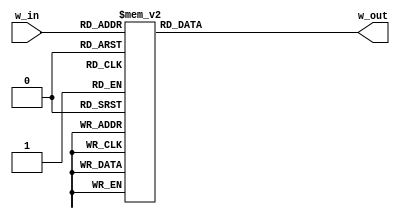
module SubWordInverse (
    input wire [0:7] w_in,
    output reg [0:7] w_out
);

    always @(w_in[0:7]) begin
        case(w_in[0:7])
            8'h0 : w_out = 8'h52;
            8'h1 : w_out = 8'h9;
            8'h2 : w_out = 8'h6a;
            8'h3 : w_out = 8'hd5;
            8'h4 : w_out = 8'h30;
            8'h5 : w_out = 8'h36;
            8'h6 : w_out = 8'ha5;
            8'h7 : w_out = 8'h38;
            8'h8 : w_out = 8'hbf;
            8'h9 : w_out = 8'h40;
            8'ha : w_out = 8'ha3;
            8'hb : w_out = 8'h9e;
            8'hc : w_out = 8'h81;
            8'hd : w_out = 8'hf3;
            8'he : w_out = 8'hd7;
            8'hf : w_out = 8'hfb;
            8'h10 : w_out = 8'h7c;
            8'h11 : w_out = 8'he3;
            8'h12 : w_out = 8'h39;
            8'h13 : w_out = 8'h82;
            8'h14 : w_out = 8'h9b;
            8'h15 : w_out = 8'h2f;
            8'h16 : w_out = 8'hff;
            8'h17 : w_out = 8'h87;
            8'h18 : w_out = 8'h34;
            8'h19 : w_out = 8'h8e;
            8'h1a : w_out = 8'h43;
            8'h1b : w_out = 8'h44;
            8'h1c : w_out = 8'hc4;
            8'h1d : w_out = 8'hde;
            8'h1e : w_out = 8'he9;
            8'h1f : w_out = 8'hcb;
            8'h20 : w_out = 8'h54;
            8'h21 : w_out = 8'h7b;
            8'h22 : w_out = 8'h94;
            8'h23 : w_out = 8'h32;
            8'h24 : w_out = 8'ha6;
            8'h25 : w_out = 8'hc2;
            8'h26 : w_out = 8'h23;
            8'h27 : w_out = 8'h3d;
            8'h28 : w_out = 8'hee;
            8'h29 : w_out = 8'h4c;
            8'h2a : w_out = 8'h95;
            8'h2b : w_out = 8'hb;
            8'h2c : w_out = 8'h42;
            8'h2d : w_out = 8'hfa;
            8'h2e : w_out = 8'hc3;
            8'h2f : w_out = 8'h4e;
            8'h30 : w_out = 8'h8;
            8'h31 : w_out = 8'h2e;
            8'h32 : w_out = 8'ha1;
            8'h33 : w_out = 8'h66;
            8'h34 : w_out = 8'h28;
            8'h35 : w_out = 8'hd9;
            8'h36 : w_out = 8'h24;
            8'h37 : w_out = 8'hb2;
            8'h38 : w_out = 8'h76;
            8'h39 : w_out = 8'h5b;
            8'h3a : w_out = 8'ha2;
            8'h3b : w_out = 8'h49;
            8'h3c : w_out = 8'h6d;
            8'h3d : w_out = 8'h8b;
            8'h3e : w_out = 8'hd1;
            8'h3f : w_out = 8'h25;
            8'h40 : w_out = 8'h72;
            8'h41 : w_out = 8'hf8;
            8'h42 : w_out = 8'hf6;
            8'h43 : w_out = 8'h64;
            8'h44 : w_out = 8'h86;
            8'h45 : w_out = 8'h68;
            8'h46 : w_out = 8'h98;
            8'h47 : w_out = 8'h16;
            8'h48 : w_out = 8'hd4;
            8'h49 : w_out = 8'ha4;
            8'h4a : w_out = 8'h5c;
            8'h4b : w_out = 8'hcc;
            8'h4c : w_out = 8'h5d;
            8'h4d : w_out = 8'h65;
            8'h4e : w_out = 8'hb6;
            8'h4f : w_out = 8'h92;
            8'h50 : w_out = 8'h6c;
            8'h51 : w_out = 8'h70;
            8'h52 : w_out = 8'h48;
            8'h53 : w_out = 8'h50;
            8'h54 : w_out = 8'hfd;
            8'h55 : w_out = 8'hed;
            8'h56 : w_out = 8'hb9;
            8'h57 : w_out = 8'hda;
            8'h58 : w_out = 8'h5e;
            8'h59 : w_out = 8'h15;
            8'h5a : w_out = 8'h46;
            8'h5b : w_out = 8'h57;
            8'h5c : w_out = 8'ha7;
            8'h5d : w_out = 8'h8d;
            8'h5e : w_out = 8'h9d;
            8'h5f : w_out = 8'h84;
            8'h60 : w_out = 8'h90;
            8'h61 : w_out = 8'hd8;
            8'h62 : w_out = 8'hab;
            8'h63 : w_out = 8'h0;
            8'h64 : w_out = 8'h8c;
            8'h65 : w_out = 8'hbc;
            8'h66 : w_out = 8'hd3;
            8'h67 : w_out = 8'ha;
            8'h68 : w_out = 8'hf7;
            8'h69 : w_out = 8'he4;
            8'h6a : w_out = 8'h58;
            8'h6b : w_out = 8'h5;
            8'h6c : w_out = 8'hb8;
            8'h6d : w_out = 8'hb3;
            8'h6e : w_out = 8'h45;
            8'h6f : w_out = 8'h6;
            8'h70 : w_out = 8'hd0;
            8'h71 : w_out = 8'h2c;
            8'h72 : w_out = 8'h1e;
            8'h73 : w_out = 8'h8f;
            8'h74 : w_out = 8'hca;
            8'h75 : w_out = 8'h3f;
            8'h76 : w_out = 8'hf;
            8'h77 : w_out = 8'h2;
            8'h78 : w_out = 8'hc1;
            8'h79 : w_out = 8'haf;
            8'h7a : w_out = 8'hbd;
            8'h7b : w_out = 8'h3;
            8'h7c : w_out = 8'h1;
            8'h7d : w_out = 8'h13;
            8'h7e : w_out = 8'h8a;
            8'h7f : w_out = 8'h6b;
            8'h80 : w_out = 8'h3a;
            8'h81 : w_out = 8'h91;
            8'h82 : w_out = 8'h11;
            8'h83 : w_out = 8'h41;
            8'h84 : w_out = 8'h4f;
            8'h85 : w_out = 8'h67;
            8'h86 : w_out = 8'hdc;
            8'h87 : w_out = 8'hea;
            8'h88 : w_out = 8'h97;
            8'h89 : w_out = 8'hf2;
            8'h8a : w_out = 8'hcf;
            8'h8b : w_out = 8'hce;
            8'h8c : w_out = 8'hf0;
            8'h8d : w_out = 8'hb4;
            8'h8e : w_out = 8'he6;
            8'h8f : w_out = 8'h73;
            8'h90 : w_out = 8'h96;
            8'h91 : w_out = 8'hac;
            8'h92 : w_out = 8'h74;
            8'h93 : w_out = 8'h22;
            8'h94 : w_out = 8'he7;
            8'h95 : w_out = 8'had;
            8'h96 : w_out = 8'h35;
            8'h97 : w_out = 8'h85;
            8'h98 : w_out = 8'he2;
            8'h99 : w_out = 8'hf9;
            8'h9a : w_out = 8'h37;
            8'h9b : w_out = 8'he8;
            8'h9c : w_out = 8'h1c;
            8'h9d : w_out = 8'h75;
            8'h9e : w_out = 8'hdf;
            8'h9f : w_out = 8'h6e;
            8'ha0 : w_out = 8'h47;
            8'ha1 : w_out = 8'hf1;
            8'ha2 : w_out = 8'h1a;
            8'ha3 : w_out = 8'h71;
            8'ha4 : w_out = 8'h1d;
            8'ha5 : w_out = 8'h29;
            8'ha6 : w_out = 8'hc5;
            8'ha7 : w_out = 8'h89;
            8'ha8 : w_out = 8'h6f;
            8'ha9 : w_out = 8'hb7;
            8'haa : w_out = 8'h62;
            8'hab : w_out = 8'he;
            8'hac : w_out = 8'haa;
            8'had : w_out = 8'h18;
            8'hae : w_out = 8'hbe;
            8'haf : w_out = 8'h1b;
            8'hb0 : w_out = 8'hfc;
            8'hb1 : w_out = 8'h56;
            8'hb2 : w_out = 8'h3e;
            8'hb3 : w_out = 8'h4b;
            8'hb4 : w_out = 8'hc6;
            8'hb5 : w_out = 8'hd2;
            8'hb6 : w_out = 8'h79;
            8'hb7 : w_out = 8'h20;
            8'hb8 : w_out = 8'h9a;
            8'hb9 : w_out = 8'hdb;
            8'hba : w_out = 8'hc0;
            8'hbb : w_out = 8'hfe;
            8'hbc : w_out = 8'h78;
            8'hbd : w_out = 8'hcd;
            8'hbe : w_out = 8'h5a;
            8'hbf : w_out = 8'hf4;
            8'hc0 : w_out = 8'h1f;
            8'hc1 : w_out = 8'hdd;
            8'hc2 : w_out = 8'ha8;
            8'hc3 : w_out = 8'h33;
            8'hc4 : w_out = 8'h88;
            8'hc5 : w_out = 8'h7;
            8'hc6 : w_out = 8'hc7;
            8'hc7 : w_out = 8'h31;
            8'hc8 : w_out = 8'hb1;
            8'hc9 : w_out = 8'h12;
            8'hca : w_out = 8'h10;
            8'hcb : w_out = 8'h59;
            8'hcc : w_out = 8'h27;
            8'hcd : w_out = 8'h80;
            8'hce : w_out = 8'hec;
            8'hcf : w_out = 8'h5f;
            8'hd0 : w_out = 8'h60;
            8'hd1 : w_out = 8'h51;
            8'hd2 : w_out = 8'h7f;
            8'hd3 : w_out = 8'ha9;
            8'hd4 : w_out = 8'h19;
            8'hd5 : w_out = 8'hb5;
            8'hd6 : w_out = 8'h4a;
            8'hd7 : w_out = 8'hd;
            8'hd8 : w_out = 8'h2d;
            8'hd9 : w_out = 8'he5;
            8'hda : w_out = 8'h7a;
            8'hdb : w_out = 8'h9f;
            8'hdc : w_out = 8'h93;
            8'hdd : w_out = 8'hc9;
            8'hde : w_out = 8'h9c;
            8'hdf : w_out = 8'hef;
            8'he0 : w_out = 8'ha0;
            8'he1 : w_out = 8'he0;
            8'he2 : w_out = 8'h3b;
            8'he3 : w_out = 8'h4d;
            8'he4 : w_out = 8'hae;
            8'he5 : w_out = 8'h2a;
            8'he6 : w_out = 8'hf5;
            8'he7 : w_out = 8'hb0;
            8'he8 : w_out = 8'hc8;
            8'he9 : w_out = 8'heb;
            8'hea : w_out = 8'hbb;
            8'heb : w_out = 8'h3c;
            8'hec : w_out = 8'h83;
            8'hed : w_out = 8'h53;
            8'hee : w_out = 8'h99;
            8'hef : w_out = 8'h61;
            8'hf0 : w_out = 8'h17;
            8'hf1 : w_out = 8'h2b;
            8'hf2 : w_out = 8'h4;
            8'hf3 : w_out = 8'h7e;
            8'hf4 : w_out = 8'hba;
            8'hf5 : w_out = 8'h77;
            8'hf6 : w_out = 8'hd6;
            8'hf7 : w_out = 8'h26;
            8'hf8 : w_out = 8'he1;
            8'hf9 : w_out = 8'h69;
            8'hfa : w_out = 8'h14;
            8'hfb : w_out = 8'h63;
            8'hfc : w_out = 8'h55;
            8'hfd : w_out = 8'h21;
            8'hfe : w_out = 8'hc;
            8'hff : w_out = 8'h7d;
        endcase
    end
    
endmodule